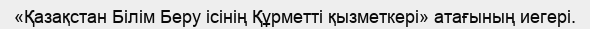
«Қазақстан Білім Беру ісінің Құрметті қызметкері» атағының иегері.